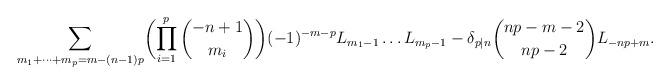
LaTeX: \begin{align*} \sum_{m_1+\cdots+m_p=m-(n-1)p}\biggl(\prod_{i=1}^p \binom{-n+1}{m_i}\biggr)(-1)^{-m-p} L_{m_1-1}\ldots L_{m_p-1}-\delta_{p\mid n}\binom{np-m-2}{np-2}L_{-np+m}.\end{align*}